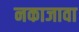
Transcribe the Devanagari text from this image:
नकाजावा